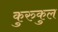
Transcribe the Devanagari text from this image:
कुरुकुल